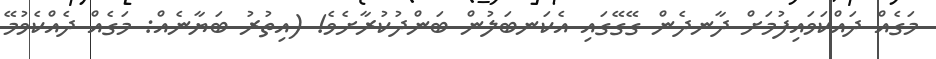
މަގެއް ދައްކަވައިފުމަށް ދާނދެން ގޭގޭގައި އެކަނބަލުން ބަންދުކުރާށެވެ! (އިތުރު ބަޔާނެއް: މަގެއް ދެއްކެވުމޭ